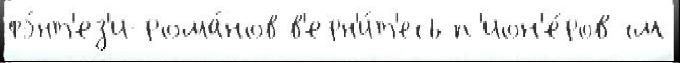
фэ́нт'ез'и-рома́нов в'ерн'и́т'есь п'ион'е́ров см